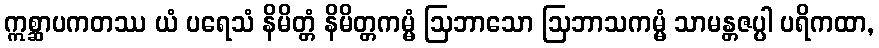
ဣစ္ဆာပကတဿ ယံ ပရေသံ နိမိတ္တံ နိမိတ္တကမ္မံ ဩဘာသော ဩဘာသကမ္မံ သာမန္တဇပ္ပါ ပရိကထာ,